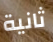
ثانية